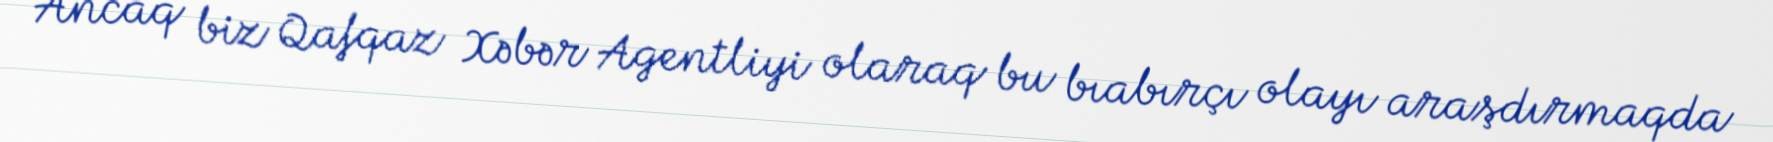
Ancaq biz Qafqaz Xəbər Agentliyi olaraq bu bıabırçı olayı araşdırmaqda